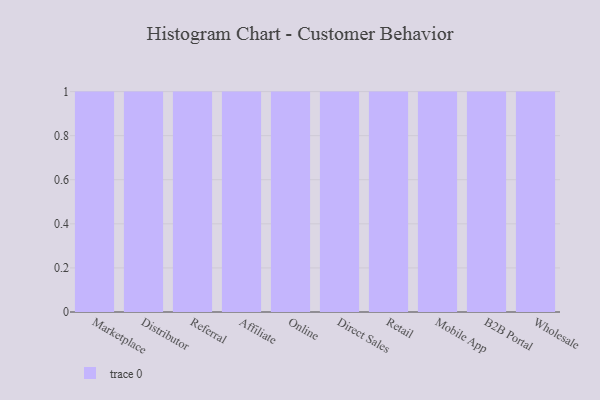
{"axis": {"x": "Channel", "y": "Churn Rate (%)"}, "legend": [""], "data": [{"x": "Marketplace", "y": 97, "type": ""}, {"x": "Distributor", "y": 100, "type": ""}, {"x": "Referral", "y": 21, "type": ""}, {"x": "Affiliate", "y": 24, "type": ""}, {"x": "Online", "y": 23, "type": ""}, {"x": "Direct Sales", "y": 2, "type": ""}, {"x": "Retail", "y": 81, "type": ""}, {"x": "Mobile App", "y": 10, "type": ""}, {"x": "B2B Portal", "y": 5, "type": ""}, {"x": "Wholesale", "y": 81, "type": ""}]}